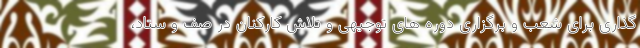
گذاری برای شعب و برگزاری دوره های توجیهی و تلاش کارکنان در صف و ستاد،